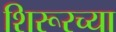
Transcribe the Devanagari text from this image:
शिरूरच्या